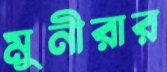
মুনীরার